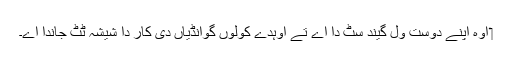
‏ اوہ اپنے دوست ول گیند سُٹ دا اے تے اوہدے کولوں گوانڈیاں دی کار دا شیشہ ٹُٹ جاندا اے۔